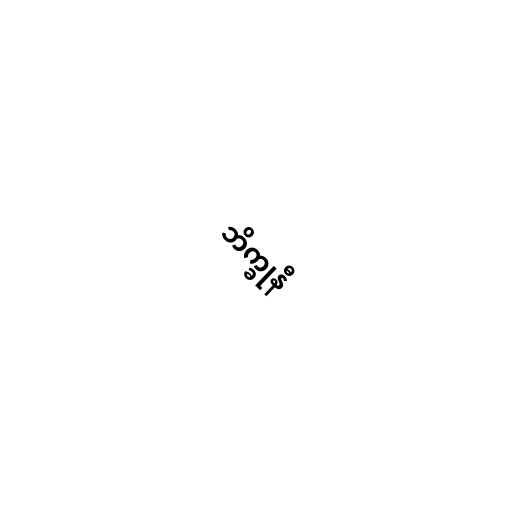
ဘိက္ခုနီ